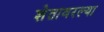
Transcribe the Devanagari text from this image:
शेतावरल्या